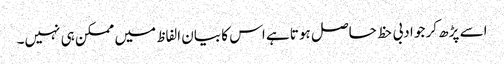
اسے پڑھ کر جو ادبی حظ حاصل ہوتا ہے اس کا بیان الفاظ میں ممکن ہی نہیں۔